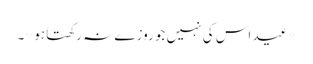
*عید اس کی نہیں جو روزے نہ رکھتا ہو*۔